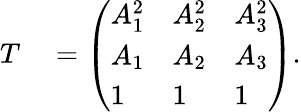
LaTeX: \begin{array}{rl}{T}&{{}=\left(\begin{array}{lll}{A_{1}^{2}}&{A_{2}^{2}}&{A_{3}^{2}}\\ {A_{1}}&{A_{2}}&{A_{3}}\\ {1}&{1}&{1}\end{array}\right).}\end{array}